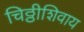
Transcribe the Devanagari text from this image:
चिठ्ठीशिवाय